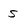
Character: S